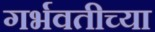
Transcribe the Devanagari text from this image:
गर्भवतीच्या